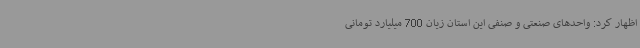
اظهار کرد: واحدهای صنعتی و صنفی این ‌استان زیان 700 میلیارد تومانی